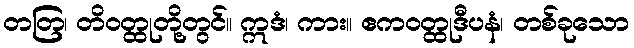
တတြ၊ တိဝတ္ထုတို့တွင်။ ဣဒံ၊ ကား။ ဧကဝတ္ထုဒီပနံ၊ တစ်ခုသော